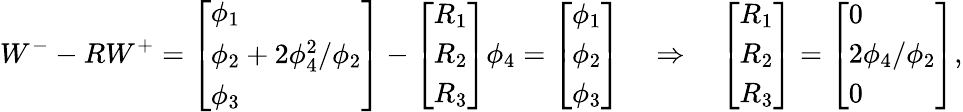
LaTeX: W^{-}-RW^{+}=\left[\begin{array}{l}{\phi_{1}}\\ {\phi_{2}+2\phi_{4}^{2}/\phi_{2}}\\ {\phi_{3}}\end{array}\right]-\left[\begin{array}{l}{R_{1}}\\ {R_{2}}\\ {R_{3}}\end{array}\right]\phi_{4}=\left[\begin{array}{l}{\phi_{1}}\\ {\phi_{2}}\\ {\phi_{3}}\end{array}\right]\quad\Rightarrow\quad\left[\begin{array}{l}{R_{1}}\\ {R_{2}}\\ {R_{3}}\end{array}\right]=\left[\begin{array}{l}{0}\\ {2\phi_{4}/\phi_{2}}\\ {0}\end{array}\right],